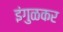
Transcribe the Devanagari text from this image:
इंगुळकर